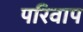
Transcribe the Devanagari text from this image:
परिवाप